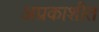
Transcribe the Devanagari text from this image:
अप्रकाशीत